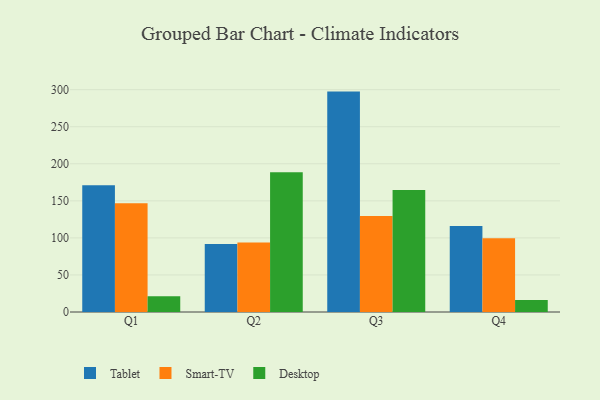
{"axis": {"x": "Quarter", "y": "Production Output"}, "legend": ["Desktop", "Smart-TV", "Tablet"], "data": [{"x": "Q1", "y": 171.1, "type": "Tablet"}, {"x": "Q1", "y": 146.8, "type": "Smart-TV"}, {"x": "Q1", "y": 21.2, "type": "Desktop"}, {"x": "Q2", "y": 91.7, "type": "Tablet"}, {"x": "Q2", "y": 93.7, "type": "Smart-TV"}, {"x": "Q2", "y": 188.5, "type": "Desktop"}, {"x": "Q3", "y": 297.4, "type": "Tablet"}, {"x": "Q3", "y": 129.7, "type": "Smart-TV"}, {"x": "Q3", "y": 164.7, "type": "Desktop"}, {"x": "Q4", "y": 116.1, "type": "Tablet"}, {"x": "Q4", "y": 99.6, "type": "Smart-TV"}, {"x": "Q4", "y": 16.2, "type": "Desktop"}]}